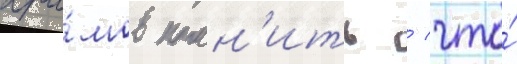
хра́мов помн'ить / что́